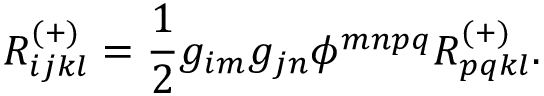
R _ { i j k l } ^ { ( + ) } = \frac { 1 } { 2 } g _ { i m } g _ { j n } \phi ^ { m n p q } R _ { p q k l } ^ { ( + ) } .